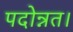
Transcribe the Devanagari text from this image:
पदोन्नत।